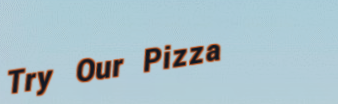
Try Our Pizza